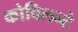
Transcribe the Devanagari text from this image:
कोविलन्टे